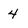
Character: 4